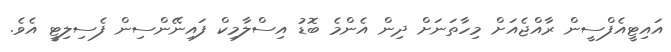
އައިޓީއެފްސީން ރާއްޖެއަށް މިހާތަނަށް ދިން އެންމެ ބޮޑު އިސްލާމިކް ފައިނޭންސިން ފެސިލިޓީ އެވެ.